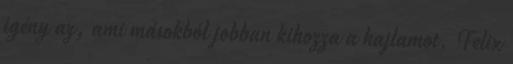
igény az, ami másokból jobban kihozza a hajlamot. Felix